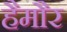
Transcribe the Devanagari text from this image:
हैमौर